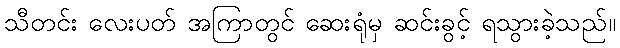
သီတင်း လေးပတ် အကြာတွင် ဆေးရုံမှ ဆင်းခွင့် ရသွားခဲ့သည်။